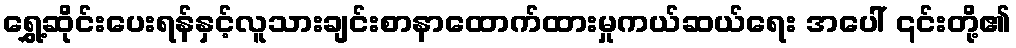
ရွှေ့ဆိုင်းပေးရန်နှင့်လူသားချင်းစာနာထောက်ထားမှုကယ်ဆယ်ရေး အပေါ် ၎င်းတို့၏